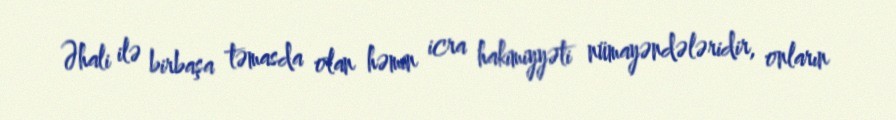
Əhali ilə birbaşa təmasda olan həmin icra hakimiyyəti nümayəndələridir, onların